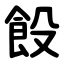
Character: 䬦